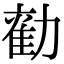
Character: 𭅃